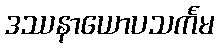
ဒဿနာယောပသင်္ကမ